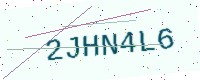
Text: 2JHN4L6